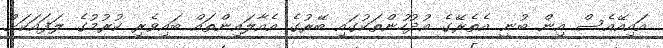
އައިއޭއެސް އިން ބުނީ އެތެރޭގެ އުދުހުންތަކުގައި ބޭރުގެ އެއާލައިންތައް ބައިވެރި ކުރުމުގެ ލަފައަކަށް